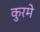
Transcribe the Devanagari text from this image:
कुरमे